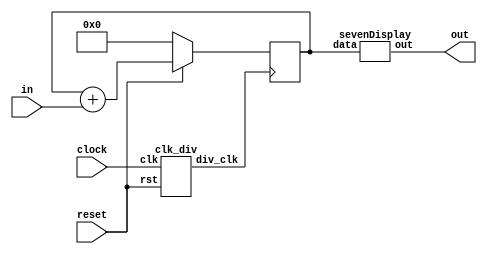
module lab1(
	input clock,
	input reset,
	input [3:0] in,
	output [6:0] out
);
	wire signal;
	reg [3:0] acc;
	sevenDisplay DIS(.data(acc), .out(out));
	clk_div TIMER(.clk(clock), .rst(reset), .div_clk(signal));
	always@ (posedge signal)
	begin
		if(!reset)
		begin
			acc <= 0;
		end
		else
		begin
			acc <= acc + in;
		end
	end
endmodule

module sevenDisplay(
	input[3:0] data,
	output reg[6:0] out
);
	always@(data)
	begin
		case (data)
			4'b0000: out <= 7'b1000000;
			4'b0001: out <= 7'b1111001;
			4'b0010: out <= 7'b0100100;
			4'b0011: out <= 7'b0110000;
			4'b0100: out <= 7'b0011001;
			4'b0101: out <= 7'b0010010;
			4'b0110: out <= 7'b0000010;
			4'b0111: out <= 7'b1111000;
			4'b1000: out <= 7'b0000000;
			4'b1001: out <= 7'b0010000;
			4'b1010: out <= 7'b0001000;
			4'b1011: out <= 7'b0000011;
			4'b1100: out <= 7'b1000110;
			4'b1101: out <= 7'b0100001;
			4'b1110: out <= 7'b0000110;
			4'b1111: out <= 7'b0001110;
		endcase
	end
endmodule

`define TimeExpire 32'd25000000

module clk_div(
	input clk, 
	input rst,
	output reg div_clk
);
	reg [31:0] count;
	always@(posedge clk)
	begin
		if(!rst)
		begin
			count <= 32'd0;
			div_clk <= 1'b0;
		end
		if(count == `TimeExpire)
		begin
			count <= 32'd0;
			div_clk <= ~div_clk;
		end
		else
		begin
			count <= count + 32'd1;
		end
	end
endmodule